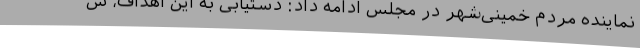
نماینده مردم خمینی‌شهر در مجلس ادامه داد: دستیابی به این اهداف، س